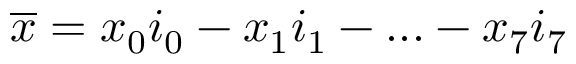
\overline { { x } } = x _ { 0 } i _ { 0 } - x _ { 1 } i _ { 1 } - . . . - x _ { 7 } i _ { 7 }